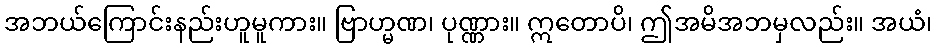
အဘယ်ကြောင်းနည်းဟူမူကား။ ဗြာဟ္မဏ၊ ပုဏ္ဏား။ ဣတောပိ၊ ဤအမိအဘမှလည်း။ အယံ၊